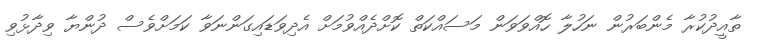
ތާއީދުކުރާ މެންބަރުން ނަހުލާ ހޮއްވަވަން މަސައްކަތް ކޮށްދެއްވުމަށް އެދިވަޑައިގަންނަވާ ކަމަށްވެސް ދުންޔާ ވިދާޅުވި